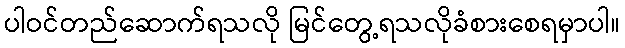
ပါဝင်တည်ဆောက်ရသလို မြင်တွေ့ရသလိုခံစားစေရမှာပါ။